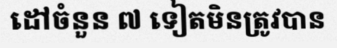
ដៅចំនួន ៧ ទៀតមិនត្រូវបាន